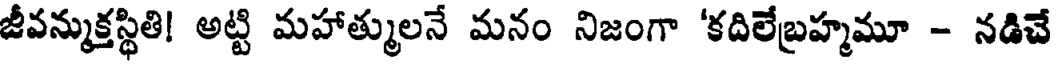
జీవన్ముక్తస్థితి! అట్టి మహాత్ములనే మనం నిజంగా 'కదిలేబ్రహ్మమూ - నడిచే